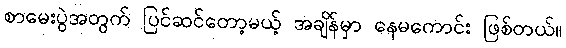
စာမေးပွဲအတွက် ပြင်ဆင်တော့မယ့် အချိန်မှာ နေမကောင်း ဖြစ်တယ်။